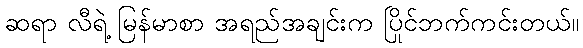
ဆရာ လီရဲ့ မြန်မာစာ အရည်အချင်းက ပြိုင်ဘက်ကင်းတယ်။